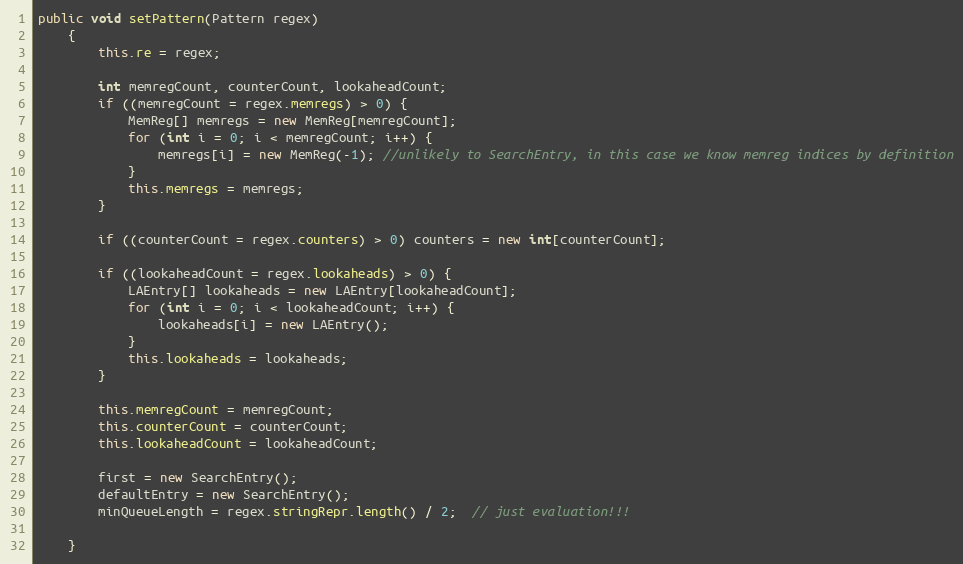
Language: Java
public void setPattern(Pattern regex)
    {
        this.re = regex;

        int memregCount, counterCount, lookaheadCount;
        if ((memregCount = regex.memregs) > 0) {
            MemReg[] memregs = new MemReg[memregCount];
            for (int i = 0; i < memregCount; i++) {
                memregs[i] = new MemReg(-1); //unlikely to SearchEntry, in this case we know memreg indices by definition
            }
            this.memregs = memregs;
        }

        if ((counterCount = regex.counters) > 0) counters = new int[counterCount];

        if ((lookaheadCount = regex.lookaheads) > 0) {
            LAEntry[] lookaheads = new LAEntry[lookaheadCount];
            for (int i = 0; i < lookaheadCount; i++) {
                lookaheads[i] = new LAEntry();
            }
            this.lookaheads = lookaheads;
        }

        this.memregCount = memregCount;
        this.counterCount = counterCount;
        this.lookaheadCount = lookaheadCount;

        first = new SearchEntry();
        defaultEntry = new SearchEntry();
        minQueueLength = regex.stringRepr.length() / 2;  // just evaluation!!!

    }